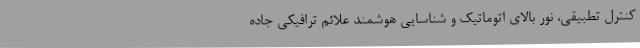
کنترل تطبیقی، نور بالای اتوماتیک و شناسایی هوشمند علائم ترافیکی جاده